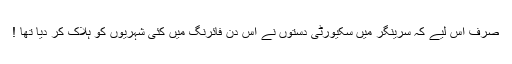
صرف اس لیے کہ سرینگر میں سکیورٹی دستوں نے اس دن فائرنگ میں کئی شہریوں کو ہلاک کر دیا تھا !